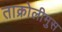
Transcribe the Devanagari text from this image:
ताक्रोलीमुस